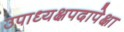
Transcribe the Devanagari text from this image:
उपाध्यक्षपदापेक्षा